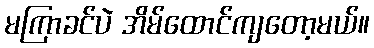
မကြာခင်ပဲ အိမ်ထောင်ကျတော့မယ်။